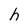
Character: h